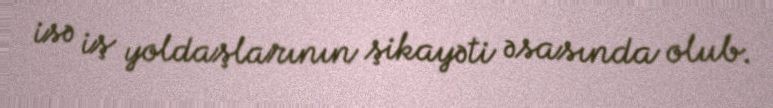
isə iş yoldaşlarının şikayəti əsasında olub.